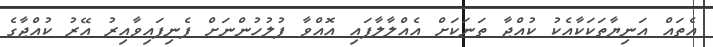
އެތައް އަނިޔާތަކަކާއެކު ކުއްޖާ ތަނަކަށް އެއްލާލާފައި އޮއްވާ ފުލުހުންނަށް ފެނިފައިވާއިރު އޭރު ކުއްޖާގެ